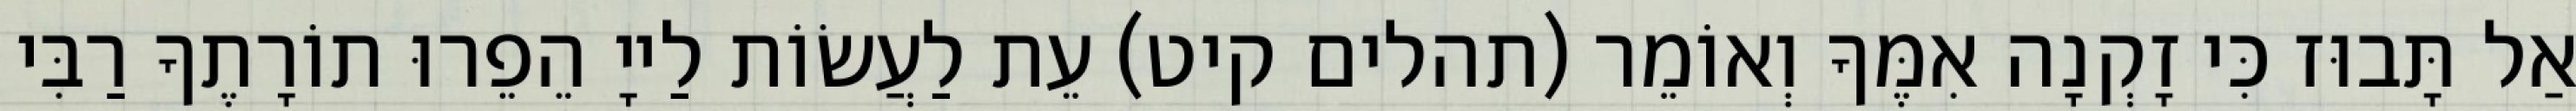
אַל תָּבוּז כִּי זָקְנָה אִמֶּךָ וְאוֹמֵר (תהלים קיט) עֵת לַעֲשׂוֹת לַייָ הֵפֵרוּ תוֹרָתֶךָ רַבִּי